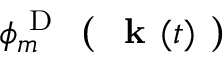
\phi _ { m } ^ { \mathrm { ~ D ~ } } \textbf { ( } \textbf { k } ( t ) \textbf { ) }